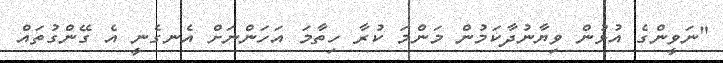
"ނަވީންގެ އުޅުން ވިޔާނުދާކަމުން މަންމަ ކުރާ ހިތާމަ އަހަންނަށް އެނގެނީ އެ ގޭންގުތައް